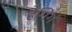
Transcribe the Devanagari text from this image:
हैंगिगं